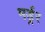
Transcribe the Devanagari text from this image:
मर्ड्रर